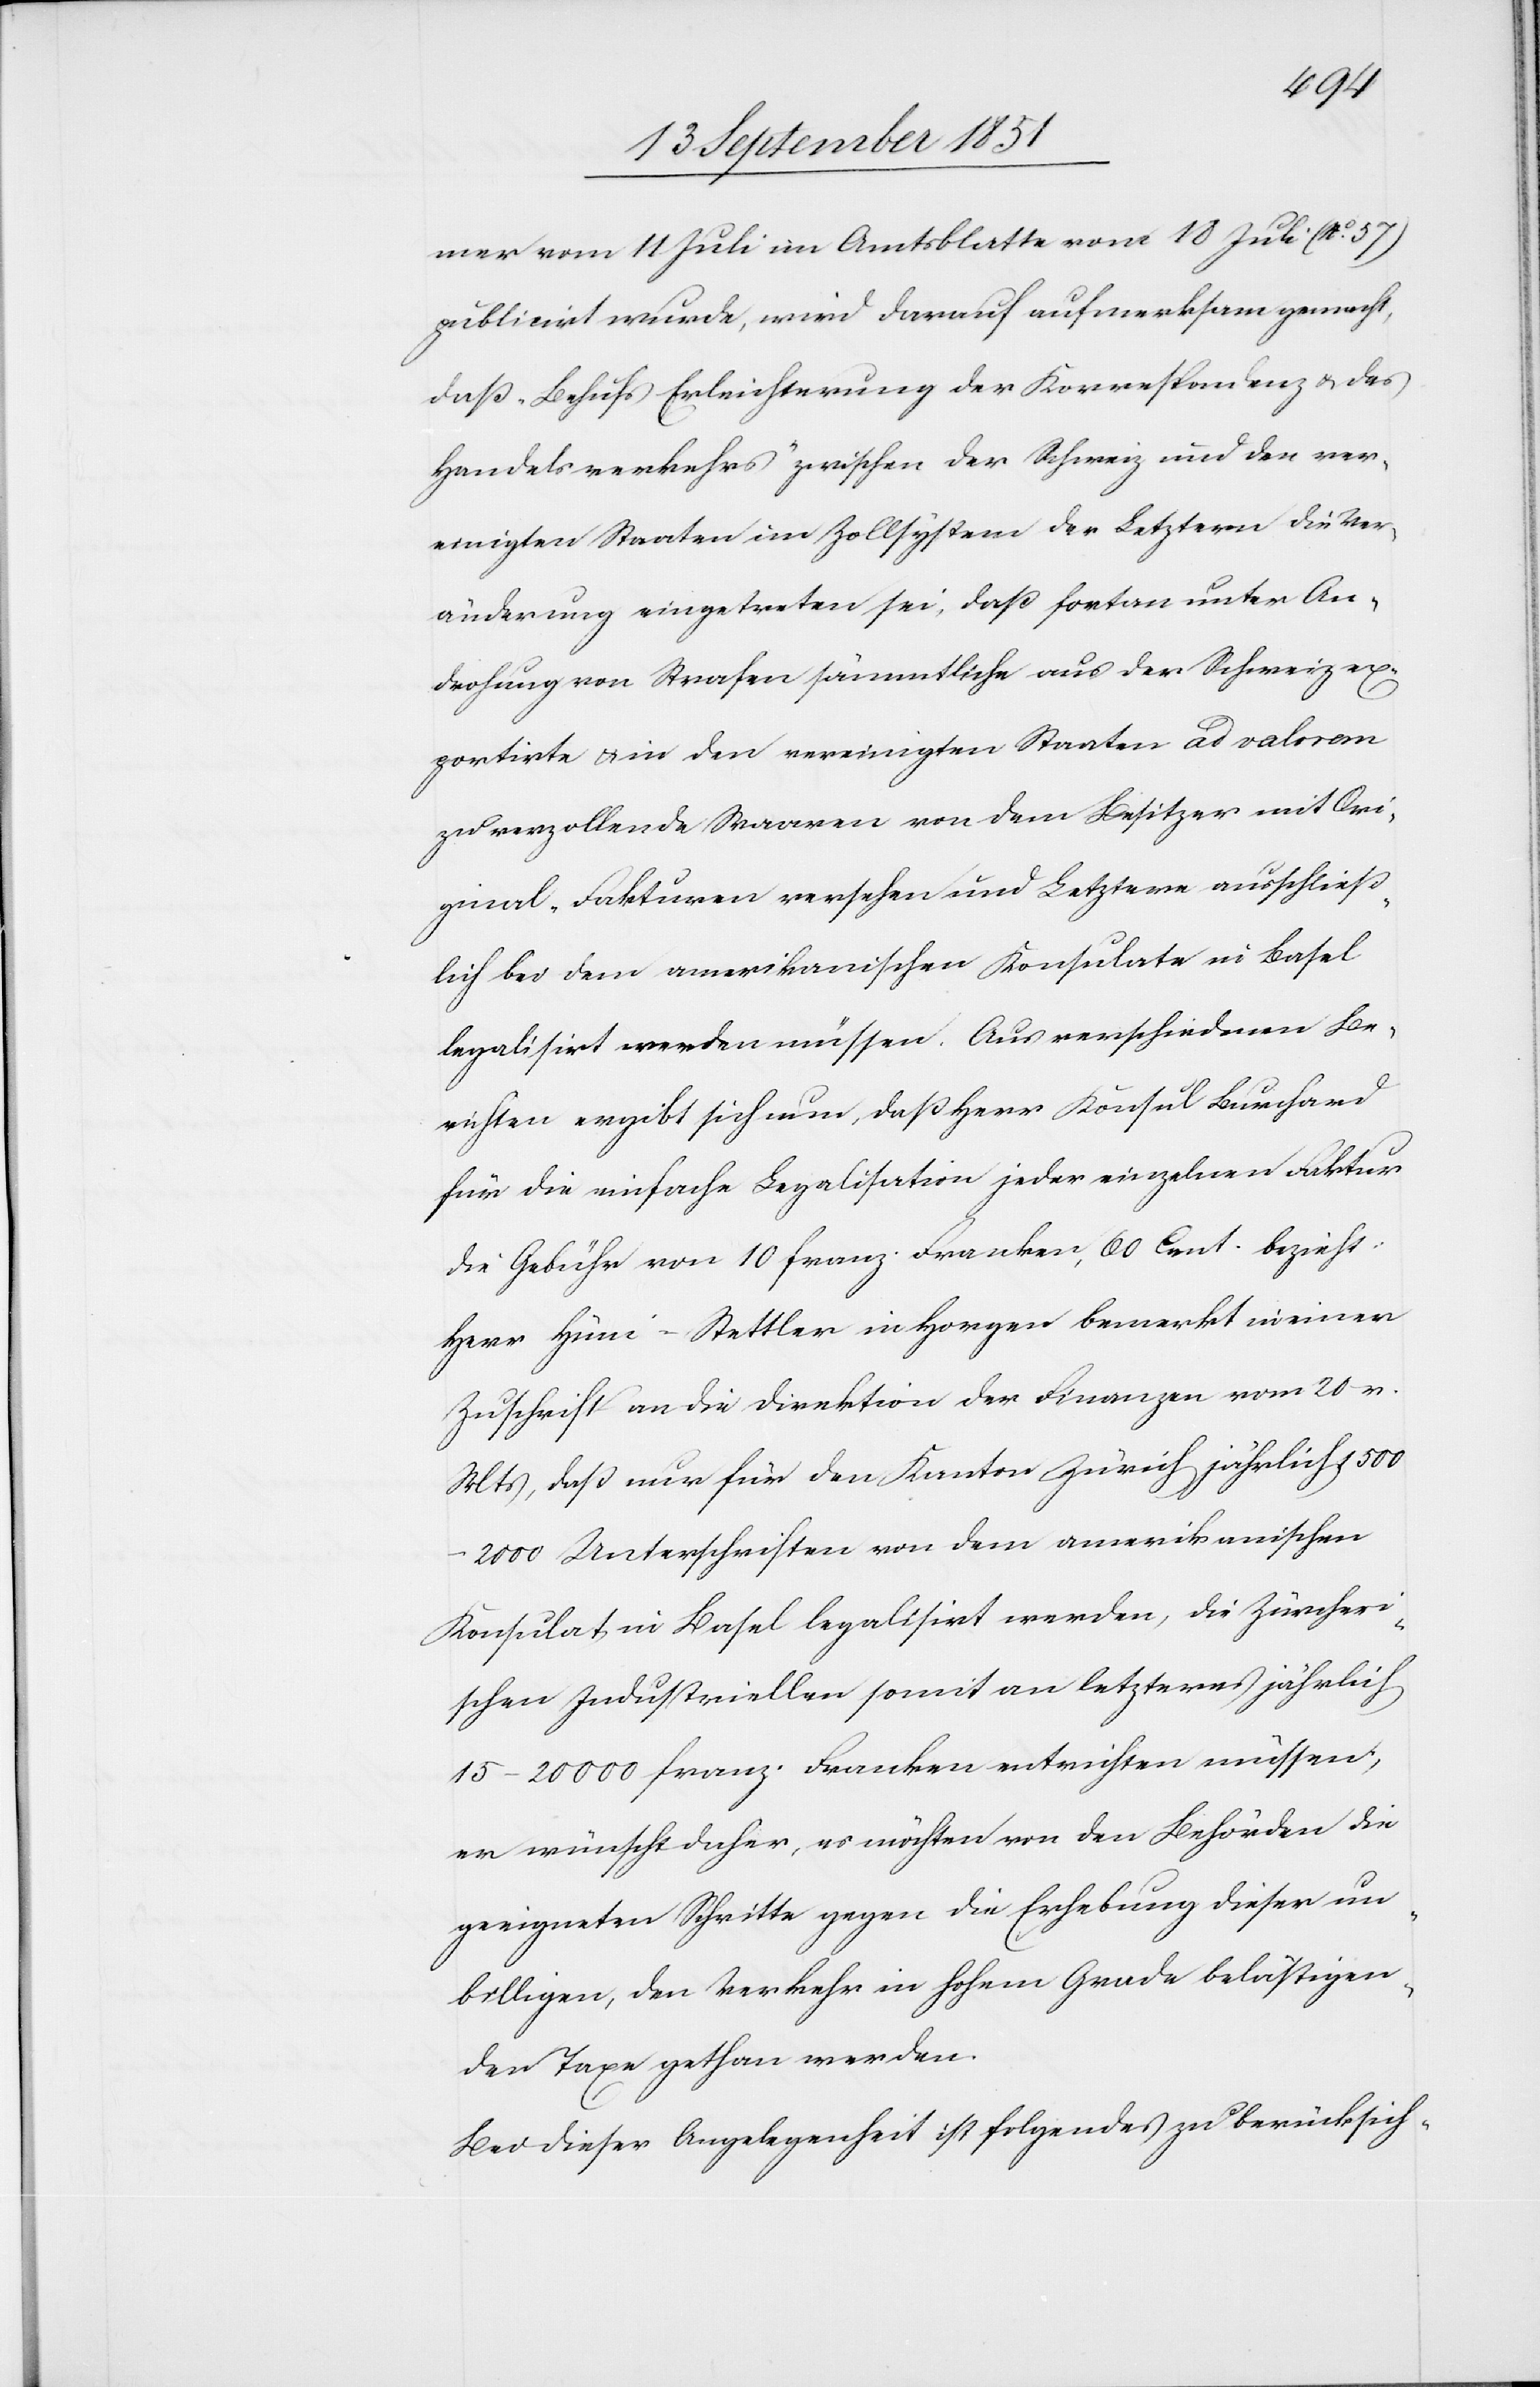
mer vom 11 Juli im Amtsblatte vom 18 Juli (No. 57)
publicirt wurde, wird darauf aufmerksam gemacht,
daß „Behufs Erleichterung der Korrespondenz & des
Handelsverkehrs“ zwischen der Schweiz und den ver¬
einigten Staaten im Zollsystem der Letztern die Ver¬
änderung eingetreten sei, daß fortan unter An¬
drohung von Strafen sämmtliche aus der Schweiz ex¬
portirte & in den vereinigten Staaten ad valorem
zu verzollende Waaren von dem Besitzer mit Ori¬
ginal-Fakturen versehen und Letztere ausschließ¬
lich bei dem amerikanischen Konsulate in Basel
legalisirt werden müssen. Aus verschiedenen Be¬
richten ergibt sich nun, daß Herr Konsul Burchard
für die einfache Legalisation jeder einzelnen Faktur
die Gebühr von 10 franz. Franken, 60 Cent. bezieht.
Herr Hüni-Stettler in Horgen bemerkt in einer
Zuschrift an die Direktion der Finanzen vom 20 v.
Mts, daß nur für den Kanton Zürich jährlich
1500–2000 Unterschriften von dem amerikanischen
Konsulat in Basel legalisirt werden, die Zürcheri¬
schen Industriellen somit an letzteres jährlich
15–20 000 franz. Franken entrichten müssen;
er wünscht daher, es möchten von den Behörden die
geeigneten Schritte gegen die Erhebung dieser un¬
billigen, den Verkehr in hohem Grade belästigen¬
den Taxe gethan werden.
Bei dieser Angelegenheit ist folgendes zu berücksich-